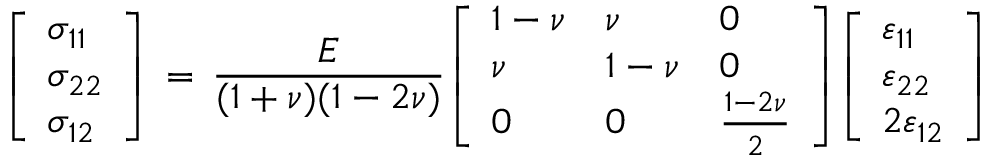
{ \left[ \begin{array} { l } { \sigma _ { 1 1 } } \\ { \sigma _ { 2 2 } } \\ { \sigma _ { 1 2 } } \end{array} \right] } \, = \, { \frac { E } { ( 1 + \nu ) ( 1 - 2 \nu ) } } { \left[ \begin{array} { l l l } { 1 - \nu } & { \nu } & { 0 } \\ { \nu } & { 1 - \nu } & { 0 } \\ { 0 } & { 0 } & { { \frac { 1 - 2 \nu } { 2 } } } \end{array} \right] } { \left[ \begin{array} { l } { \varepsilon _ { 1 1 } } \\ { \varepsilon _ { 2 2 } } \\ { 2 \varepsilon _ { 1 2 } } \end{array} \right] }